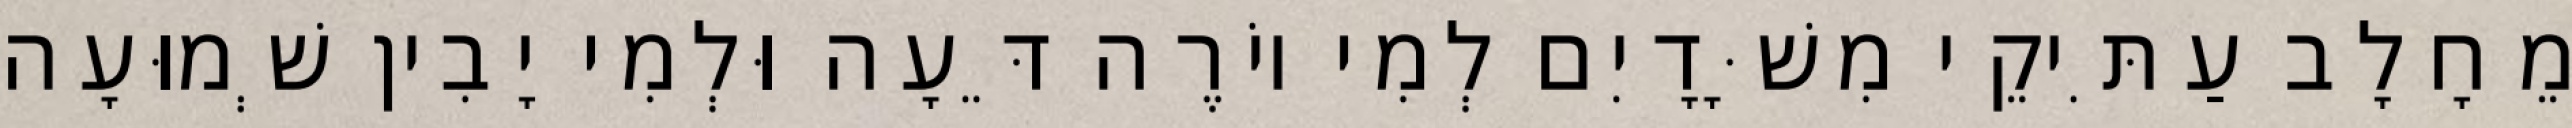
מֵחָלָב עַתִּיקֵי מִשָּׁדָיִם לְמִי יוֹרֶה דֵּעָה וּלְמִי יָבִין שְׁמוּעָה